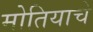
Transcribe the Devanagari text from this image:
मोतियाचे